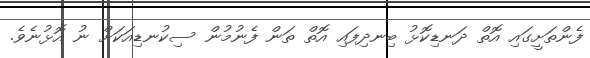
ފެންތަށީގައި އޮތް ދަނޑިކޮޅު ބިނދިފައި އޮތް ތަން ފެނުމުން ސިކުނޑިއަކަށް ނު އޮޅުނެވެ.